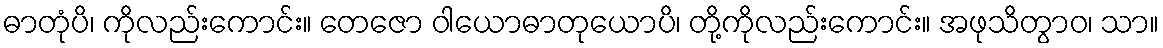
ဓာတုံပိ၊ ကိုလည်းကောင်း။ တေဇော ဝါယောဓာတုယောပိ၊ တို့ကိုလည်းကောင်း။ အဖုသိတွာဝ၊ သာ။